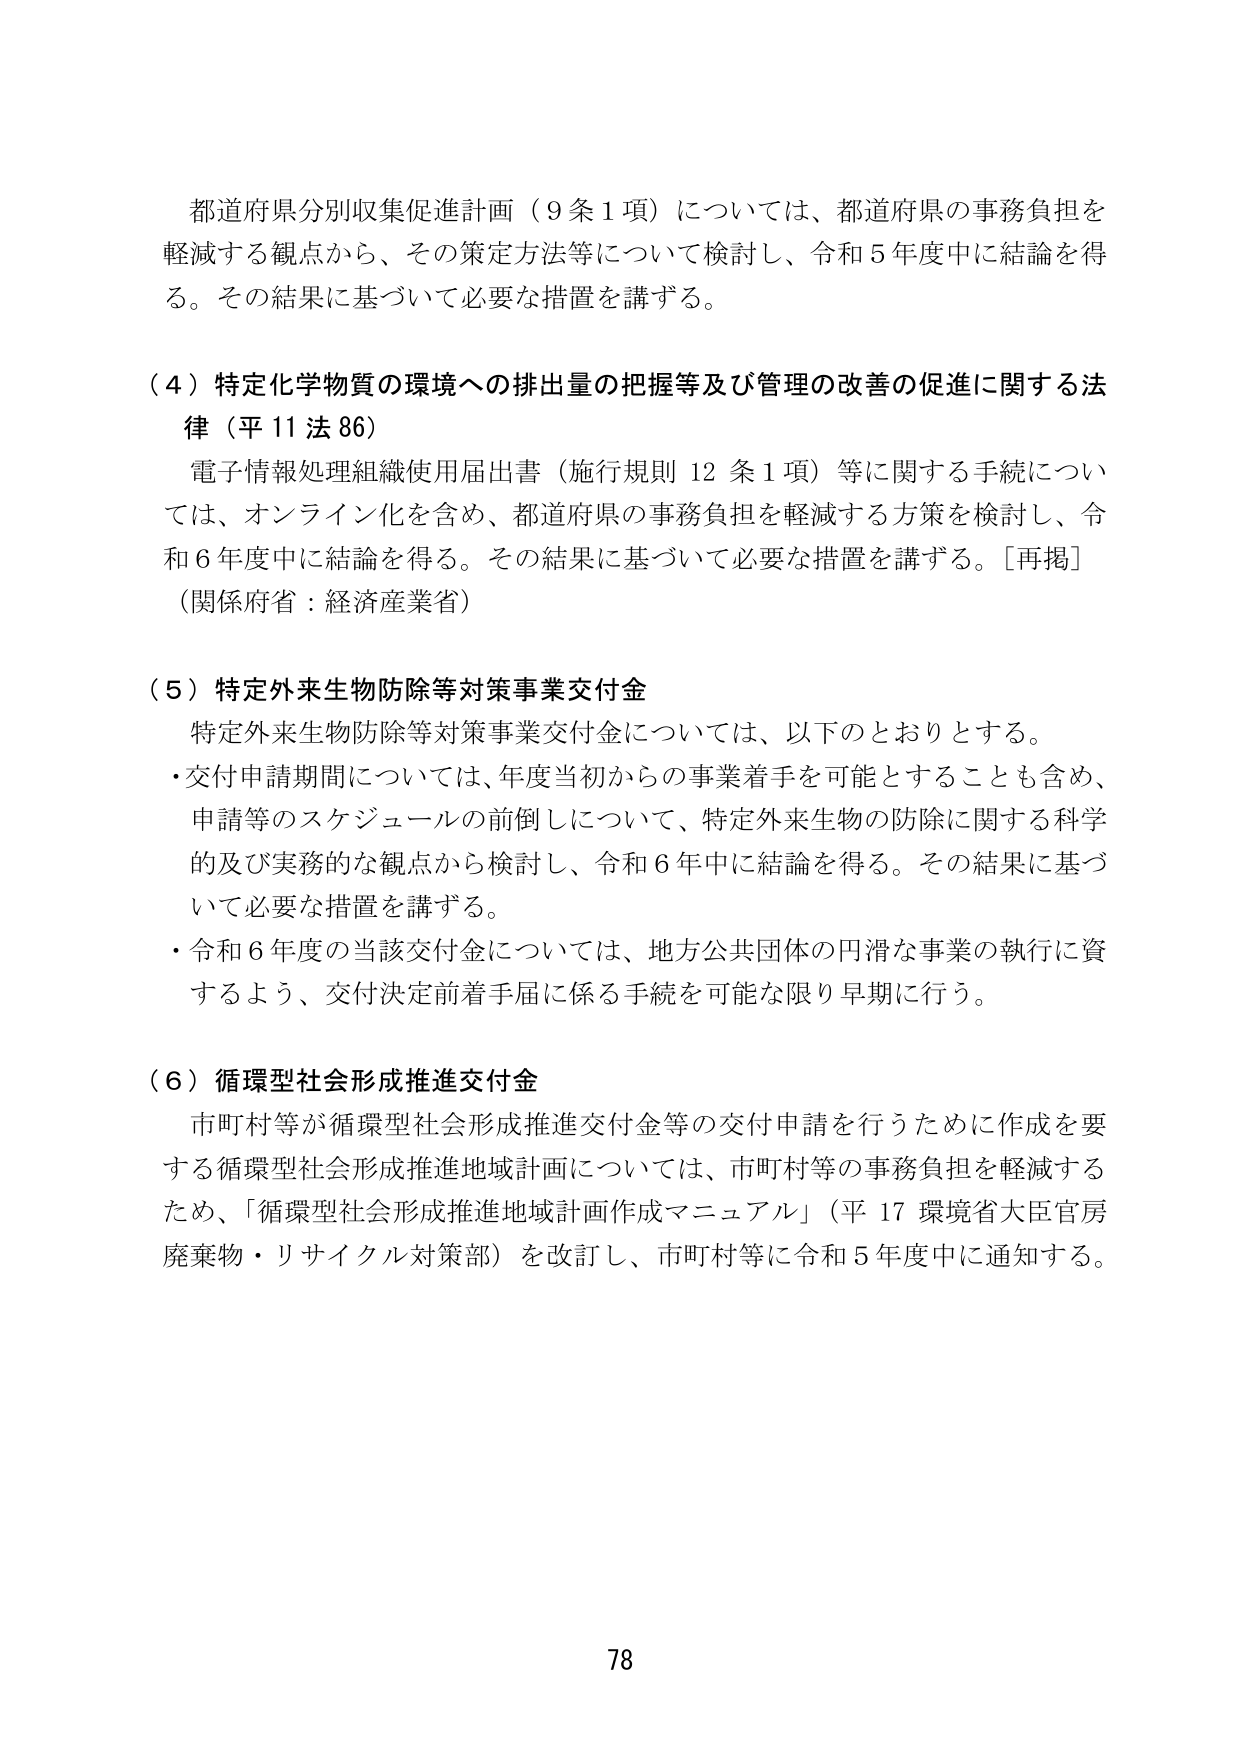
都道府県分別収集促進計画（9条1項）については、都道府県の事務負担を軽減する観点から、その策定方法等について検討し、令和5年度中に結論を得る。その結果に基づいて必要な措置を講ずる。

（4）特定化学物質の環境への排出量の把握等及び管理の改善の促進に関する法律（平11法86）
電子情報処理組織使用届出書（施行規則12条1項）等に関する手続については、オンライン化を含め、都道府県の事務負担を軽減する方策を検討し、令和6年度中に結論を得る。その結果に基づいて必要な措置を講ずる。［再掲］
（関係府省：経済産業省）

（5）特定外来生物防除等対策事業交付金
特定外来生物防除等対策事業交付金については、以下のとおりとする。
・交付申請期間については、年度当初からの事業着手を可能とすることも含め、申請等のスケジュールの前倒しについて、特定外来生物の防除に関する科学的及び実務的な観点から検討し、令和6年中に結論を得る。その結果に基づいて必要な措置を講ずる。
・令和6年度の当該交付金については、地方公共団体の円滑な事業の執行に資するよう、交付決定前着手届に係る手続を可能な限り早期に行う。

（6）循環型社会形成推進交付金
市町村等が循環型社会形成推進交付金等の交付申請を行うために作成を要する循環型社会形成推進地域計画については、市町村等の事務負担を軽減するため、「循環型社会形成推進地域計画作成マニュアル」（平17環境省大臣官房廃棄物・リサイクル対策部）を改訂し、市町村等に令和5年度中に通知する。

78